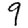
Digit: 9